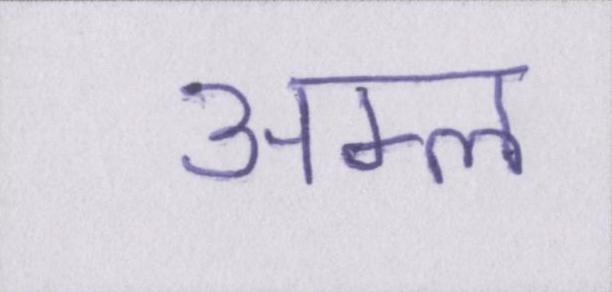
अम्ल